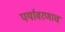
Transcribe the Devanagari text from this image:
पर्यावरणाच